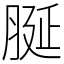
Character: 脠